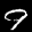
Label: 9